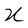
Character: U